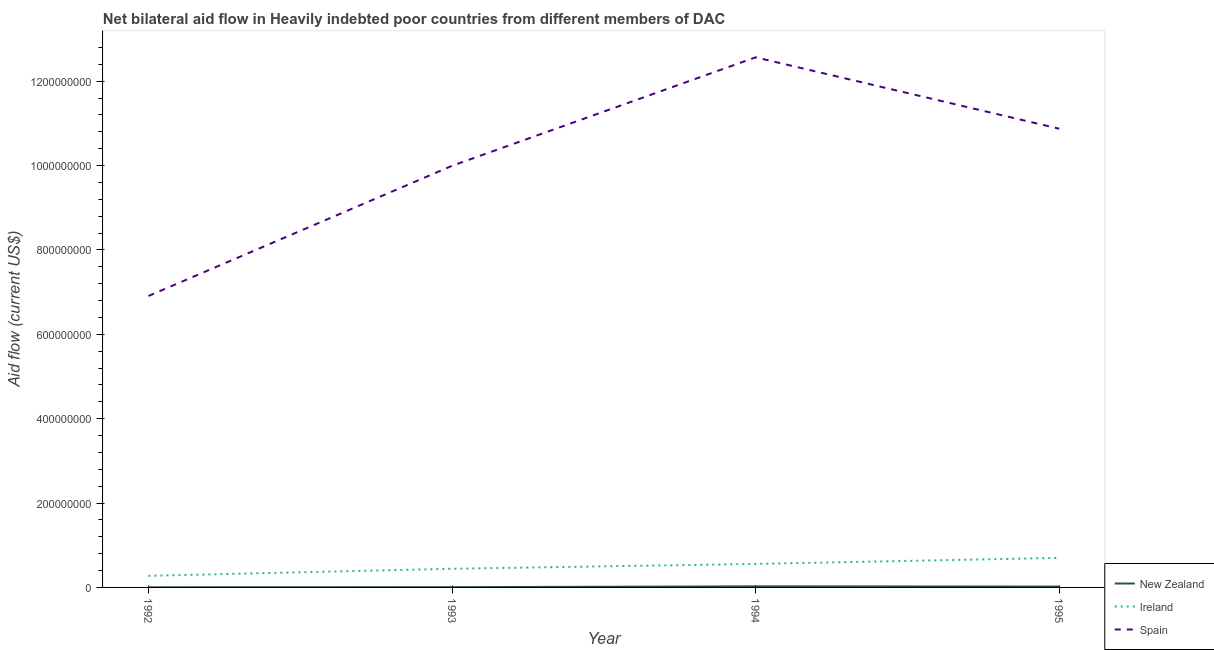
| Year | New Zealand | Ireland | Spain |
 | --- | --- | --- | --- |
 | 1992 | 2.3e+05 | 2.75e+07 | 6.91e+08 |
 | 1993 | 6e+05 | 4.42e+07 | 9.99e+08 |
 | 1994 | 2.55e+06 | 5.58e+07 | 1.26e+09 |
 | 1995 | 2.08e+06 | 7e+07 | 1.09e+09 |